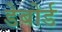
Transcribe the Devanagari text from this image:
डेबोर्ड